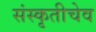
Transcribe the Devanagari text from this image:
संस्कृतीचेव